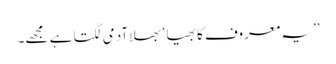
’’یہ معروف کا بھیا ‘ بھلا آدمی لگتا ہے مجھے۔